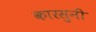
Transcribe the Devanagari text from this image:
कारसुनी